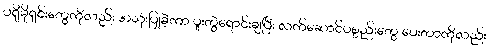
ပရိုမိုရှင်းတွေကိုလည်း အသုံးပြုခဲ့ကာ ပူးတွဲရောင်းချပြီး လက်ဆောင်ပစ္စည်းတွေ ပေးတာကိုလည်း